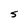
Character: S